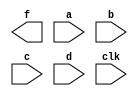
 module pipe(f,a,b,c,d,clk);
parameter n=10;
input[n-1:0]a,b,c,d;
input clk;
output[n-1:0]f;
reg[n-1:0] a1_x1,a1_x2,a1_x3,b1_x1,b1_x2,c1_x1;

always@(posedge clk)
begin
a1_x1<=#4 a+b; //stage1//
a1_x2<=#4 c-d;
a1_x3<=d;
end

always@(posedge clk)
begin
b1_x1<=#4 a1_x1+a1_x2;   //stage2//
b1_x2<=a1_x3;
end

always@(posedge clk)
begin
c1_x1<=#6 b1_x1+b1_x2;
end     //stage3//
endmodule